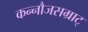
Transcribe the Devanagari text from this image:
कन्नौजसम्राट्